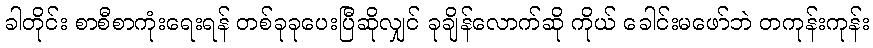
ခါတိုင်း စာစီစာကုံးရေးရန် တစ်ခုခုပေးပြီဆိုလျှင် ခုချိန်လောက်ဆို ကိုယ် ခေါင်းမဖော်ဘဲ တကုန်းကုန်း